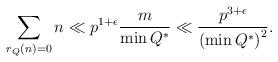
LaTeX: \begin{align*}\sum_{r_{Q}(n) = 0} n \ll p^{1+\epsilon} \frac{m}{\min Q^{*}} \ll\frac{p^{3+\epsilon}}{\left(\min Q^{*}\right)^{2}}.\end{align*}